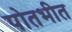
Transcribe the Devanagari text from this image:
पोतभीत